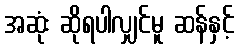
အဆုံး ဆိုရပါလျှင်မူ ဆန်နှင့်